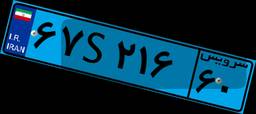
۶۷S۲۱۶۶۰